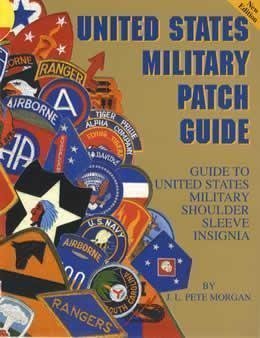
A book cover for United States Military Patch Guide; J.L. Pete Morgan; Engineering & Transportation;